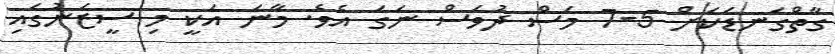
ގާތްގަނޑަކަށް 5-7 މަސް ދުވަސް ނަގަ އެވެ. މާނަ އަކީ މި ސީޒަނުގައި